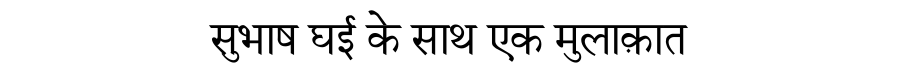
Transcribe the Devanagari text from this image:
सुभाष घई के साथ एक मुलाक़ात